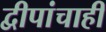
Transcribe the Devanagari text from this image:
द्वीपांचाही